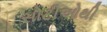
સોટીઓથી